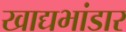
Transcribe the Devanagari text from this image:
खाद्यभांडार